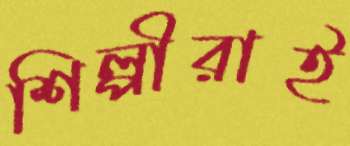
শিল্পীরাই